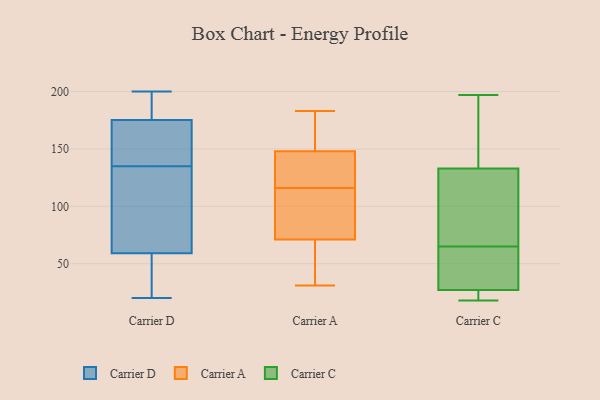
{"axis": {"x": "Demand Index", "y": "Value"}, "legend": ["Carrier A", "Carrier C", "Carrier D"], "data": [{"x": "", "y": 167, "type": "Carrier D"}, {"x": "", "y": 135, "type": "Carrier D"}, {"x": "", "y": 180, "type": "Carrier D"}, {"x": "", "y": 178, "type": "Carrier D"}, {"x": "", "y": 62, "type": "Carrier D"}, {"x": "", "y": 183, "type": "Carrier D"}, {"x": "", "y": 28, "type": "Carrier D"}, {"x": "", "y": 58, "type": "Carrier D"}, {"x": "", "y": 167, "type": "Carrier D"}, {"x": "", "y": 84, "type": "Carrier D"}, {"x": "", "y": 125, "type": "Carrier D"}, {"x": "", "y": 37, "type": "Carrier D"}, {"x": "", "y": 20, "type": "Carrier D"}, {"x": "", "y": 135, "type": "Carrier D"}, {"x": "", "y": 77, "type": "Carrier D"}, {"x": "", "y": 200, "type": "Carrier D"}, {"x": "", "y": 136, "type": "Carrier D"}, {"x": "", "y": 48, "type": "Carrier D"}, {"x": "", "y": 182, "type": "Carrier D"}, {"x": "", "y": 148, "type": "Carrier A"}, {"x": "", "y": 148, "type": "Carrier A"}, {"x": "", "y": 74, "type": "Carrier A"}, {"x": "", "y": 118, "type": "Carrier A"}, {"x": "", "y": 180, "type": "Carrier A"}, {"x": "", "y": 31, "type": "Carrier A"}, {"x": "", "y": 71, "type": "Carrier A"}, {"x": "", "y": 44, "type": "Carrier A"}, {"x": "", "y": 183, "type": "Carrier A"}, {"x": "", "y": 114, "type": "Carrier A"}, {"x": "", "y": 19, "type": "Carrier C"}, {"x": "", "y": 197, "type": "Carrier C"}, {"x": "", "y": 31, "type": "Carrier C"}, {"x": "", "y": 89, "type": "Carrier C"}, {"x": "", "y": 146, "type": "Carrier C"}, {"x": "", "y": 32, "type": "Carrier C"}, {"x": "", "y": 170, "type": "Carrier C"}, {"x": "", "y": 120, "type": "Carrier C"}, {"x": "", "y": 18, "type": "Carrier C"}, {"x": "", "y": 65, "type": "Carrier C"}, {"x": "", "y": 65, "type": "Carrier C"}, {"x": "", "y": 23, "type": "Carrier C"}]}